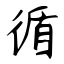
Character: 循